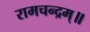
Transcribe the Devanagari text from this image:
रामचन्द्रम्॥